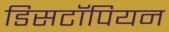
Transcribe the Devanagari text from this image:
डिसटॉपियन